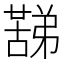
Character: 𮑟